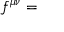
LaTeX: f ^ { \mu \nu } =